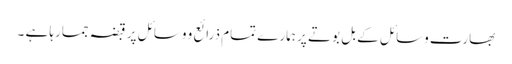
بھارت وسائل کے بل بوتے پر ہمارے تمام ذرائع و وسائل پر قبضہ جمارہا ہے ۔